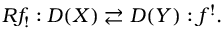
R f _ { ! } : D ( X ) \rightleftarrows D ( Y ) : f ^ { ! } .